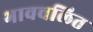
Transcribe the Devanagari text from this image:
भावचलित